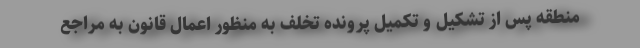
منطقه پس از تشکیل و تکمیل پرونده تخلف به منظور اعمال قانون به مراجع